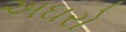
અઘરો